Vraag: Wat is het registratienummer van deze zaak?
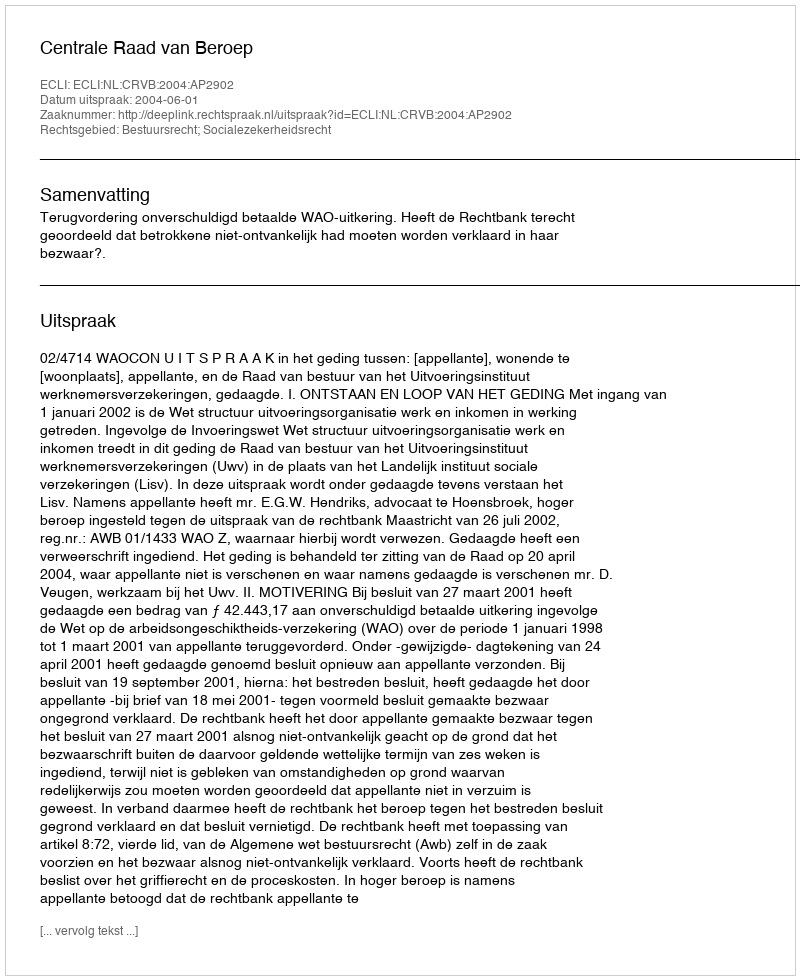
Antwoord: http://deeplink.rechtspraak.nl/uitspraak?id=ECLI:NL:CRVB:2004:AP2902